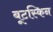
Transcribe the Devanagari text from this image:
बूटस्किन